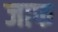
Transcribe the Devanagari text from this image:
जाफ